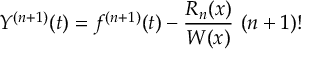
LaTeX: Y ^ { ( n + 1 ) } ( t ) = f ^ { ( n + 1 ) } ( t ) - { \frac { R _ { n } ( x ) } { W ( x ) } } \ ( n + 1 ) !